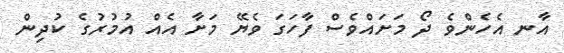
އާނ އެހެންވެ ދޯ މަށައްވެސް ފާހަގަ ވެޔޭ މަށާ އެއް އުމުރުގެ ކުދިން